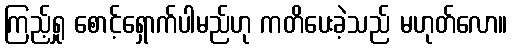
ကြည့်ရှု စောင့်ရှောက်ပါမည်ဟု ကတိပေးခဲ့သည် မဟုတ်လော။